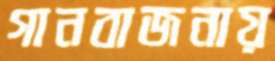
গানবাজনায়